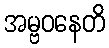
အမ္ဗဝနေတိ